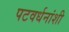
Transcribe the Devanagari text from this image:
पटवर्धनांशी